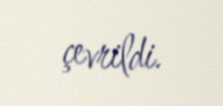
çevrildi.